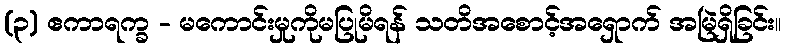
(၃) ဧကာရက္ခ - မကောင်းမှုကိုမပြုမိရန် သတိအစောင့်အရှောက် အမြဲရှိခြင်း။